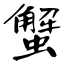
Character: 蟹